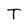
Character: T